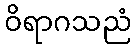
ဝိရာဂသညံ